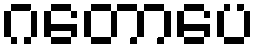
ဂတောပေ